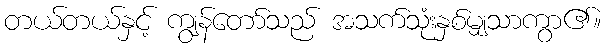
တယ်တယ်နှင့် ကျွန်တော်သည် အသက်သုံးနှစ်မျှသာကွာ၏။